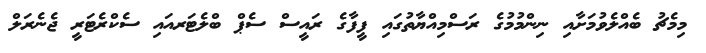
މިމެޗު ބެއްލެވުމަށާއި ނިންމުމުގެ ރަސްމިއްޔާތުގައި ފީފާގެ ރައީސް ސެޕް ބްލެޓަރއައި ސެކްރެޓަރީ ޖެނެރަލް